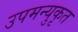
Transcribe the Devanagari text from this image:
उपमन्युकृत